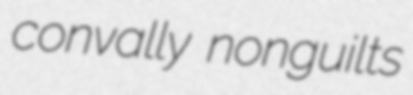
convally nonguilts